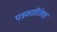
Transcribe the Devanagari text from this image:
पत्रकारितेसह